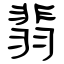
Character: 翡